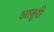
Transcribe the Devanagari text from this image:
आतुरी